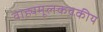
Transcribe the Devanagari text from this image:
वाह्यमूलकवकीय